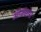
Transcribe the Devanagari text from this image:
ओढ्यास